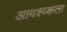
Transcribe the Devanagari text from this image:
आवश्य्कता